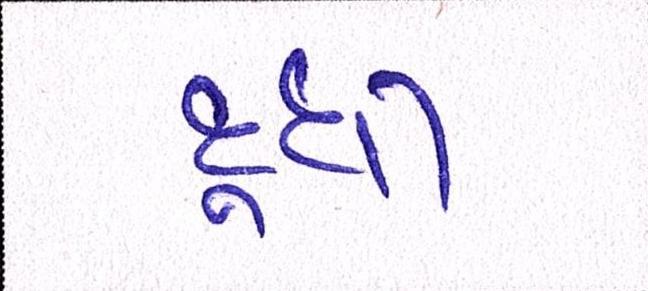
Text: દૂધી